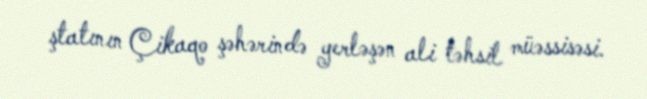
ştatının Çikaqo şəhərində yerləşən ali təhsil müəssisəsi.